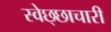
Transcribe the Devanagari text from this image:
स्वेछ्छाचारी